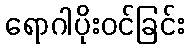
ရောဂါပိုးဝင်ခြင်း